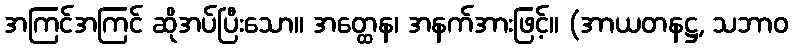
အကြင်အကြင် ဆိုအပ်ပြီးသော။ အတ္ထေန၊ အနက်အားဖြင့်။ (အာယတနဋ္ဌ, သဘာဝ